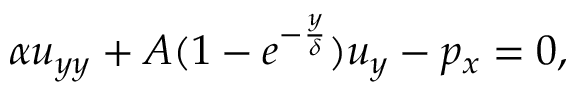
\alpha u _ { y y } + A ( 1 - e ^ { - \frac { y } { \delta } } ) u _ { y } - p _ { x } = 0 ,